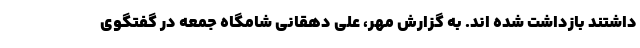
داشتند بازداشت شده اند. به گزارش مهر، علی دهقانی شامگاه جمعه در گفتگوی